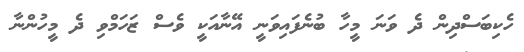
ހެކިބަސްދިން ދެ ވަނަ މީހާ ބުނެފައިވަނީ އޭނާއަކީ ވެސް ޒަހަމްވި ދެ މީހުންނާ